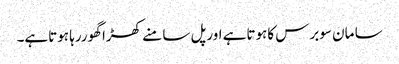
سا مان سوبرس کاہوتاہے اورپل سا منے کھڑا گھوررہا ہوتاہے۔